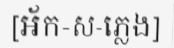
[អ័ក-ស-ភ្លេង]